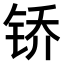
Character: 𫓱